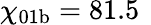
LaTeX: \chi_{\mathrm{01b}}=81.5\, \